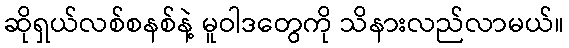
ဆိုရှယ်လစ်စနစ်နဲ့ မူဝါဒတွေကို သိနားလည်လာမယ်။